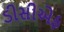
ડીસીએફ